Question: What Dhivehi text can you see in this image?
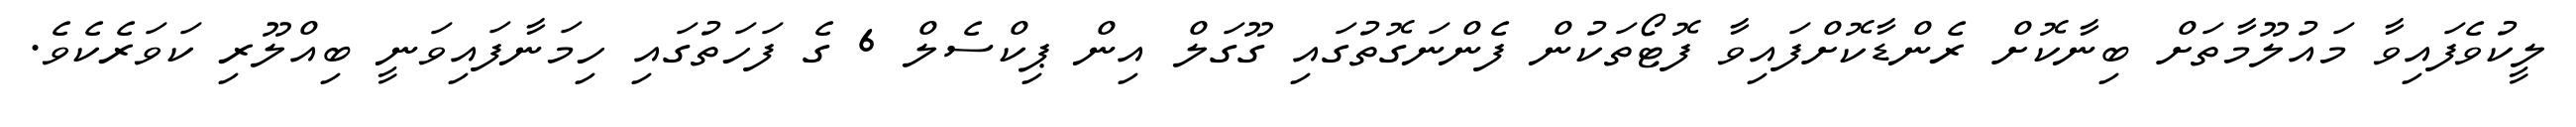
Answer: ލީކުވެފައިވާ މައުލޫމާތަށް ބިނާކޮށް ރެންޑާކޮށްފައިވާ ފޮޓޯތަކުން ފެންނަގޮތުގައި ގޫގަލް އިން ޕިކްސެލް 6 ގެ ފަހަތުގައި ހިމަނާފައިވަނީ ބިއްލޫރި ކަވަރެކެވެ.